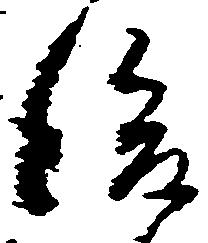
後